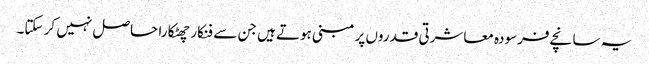
یہ سانچے فرسودہ معاشرتی قدروں پر مبنی ہوتے ہیں جن سے فنکار چھٹکارا حاصل نہیں کر سکتا۔